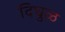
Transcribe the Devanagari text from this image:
दिघुळ